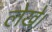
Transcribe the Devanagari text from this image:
लेखे।